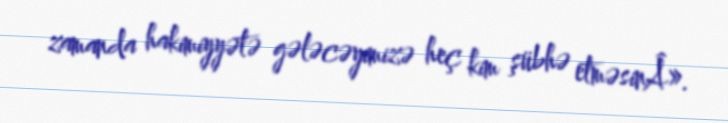
zamanda hakimiyyətə gələcəyimizə heç kim şübhə etməsinÂ».